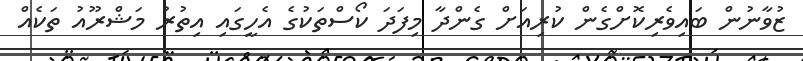
ޒުވާނުން ބައިވެރިކޮށްގެން ކުރިއަށް ގެންދާ މިފަދަ ކޯސްތަކުގެ އެހީގައި އިތުރު މަޝްރޫއު ތަކެއް